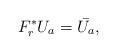
LaTeX: \begin{align*}F_r^*U_{a}=\bar{U_{a}}, \end{align*}